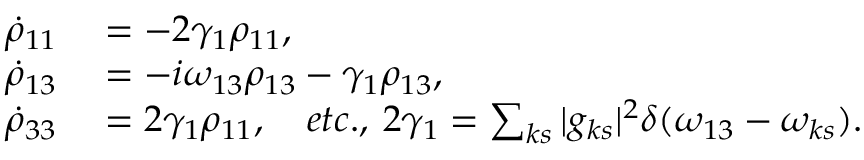
\begin{array} { r l } { \dot { \rho } _ { 1 1 } } & { { } = - 2 \gamma _ { 1 } \rho _ { 1 1 } , } \\ { \dot { \rho } _ { 1 3 } } & { { } = - i \omega _ { 1 3 } \rho _ { 1 3 } - \gamma _ { 1 } \rho _ { 1 3 } , } \\ { \dot { \rho } _ { 3 3 } } & { { } = 2 \gamma _ { 1 } \rho _ { 1 1 } , \quad e t c . , \: 2 \gamma _ { 1 } = \sum _ { k s } | g _ { k s } | ^ { 2 } \delta ( \omega _ { 1 3 } - \omega _ { k s } ) . } \end{array}